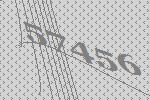
57456